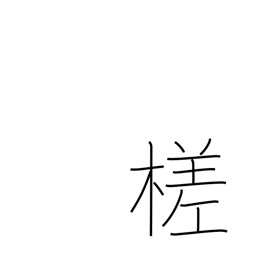
Meaning: cut slantwise